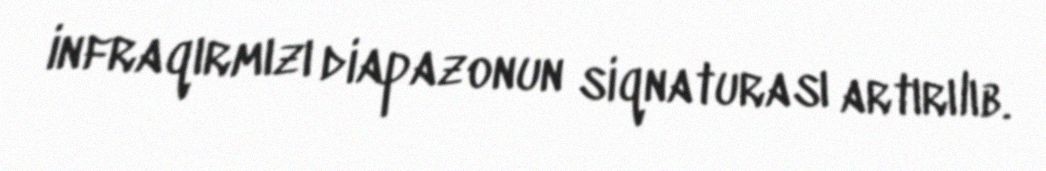
infraqırmızı diapazonun siqnaturası artırılıb.